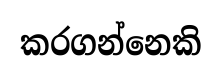
කරගන්නෙකි